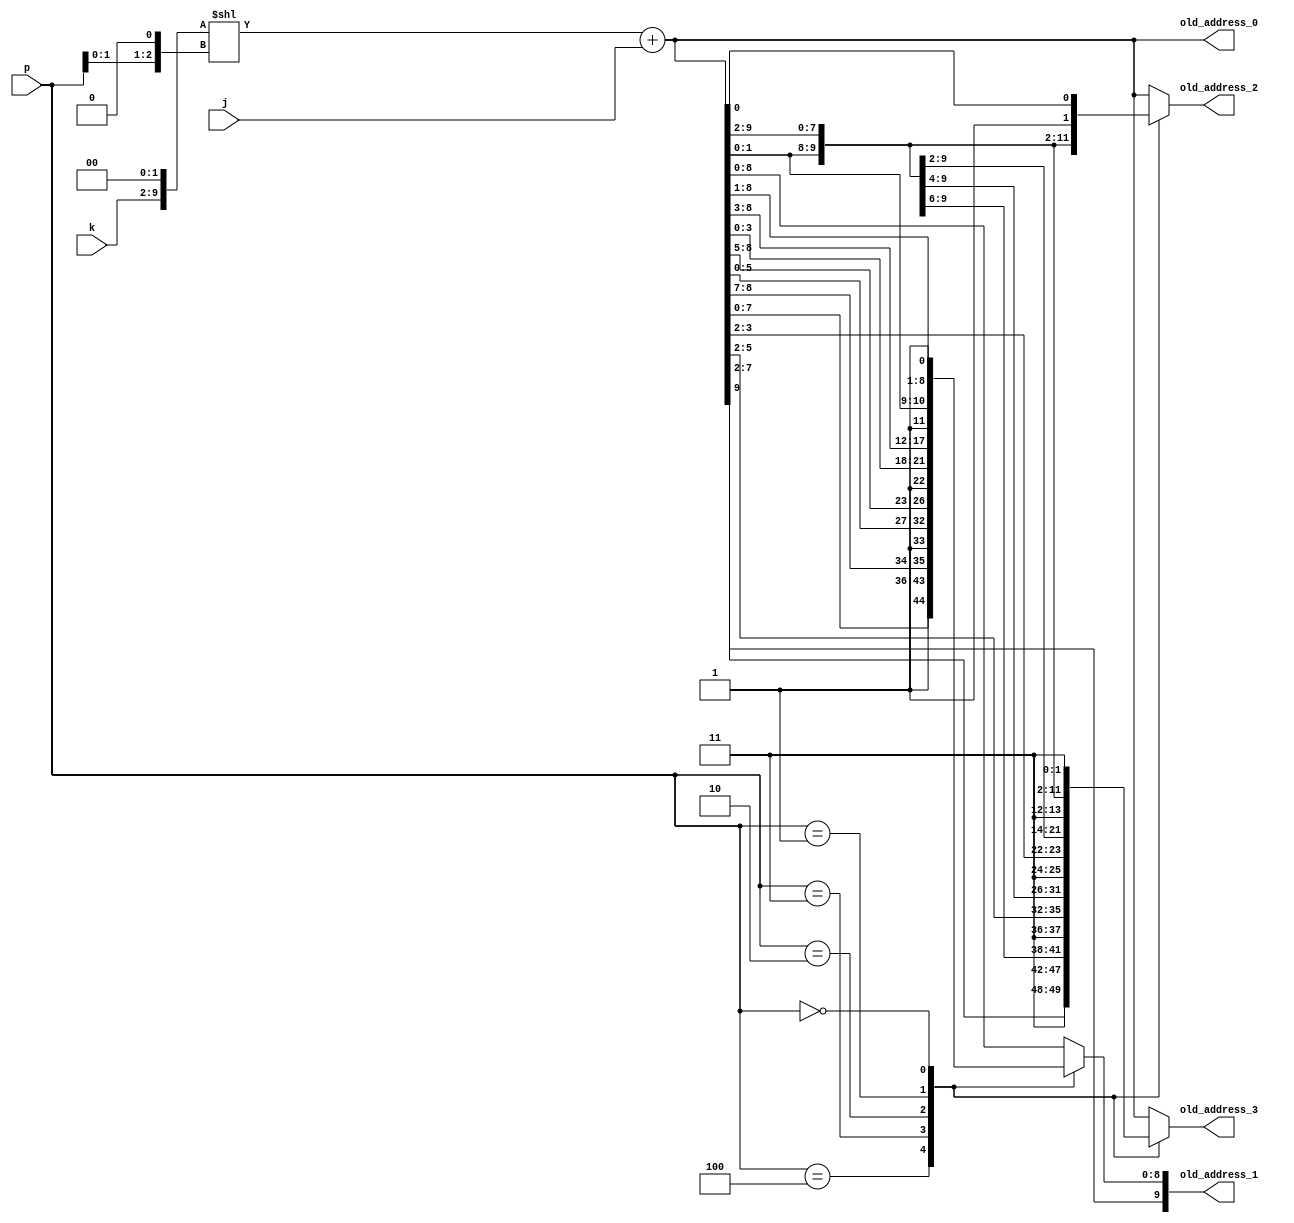
module address_generator(
    input [7:0] k,
    input [7:0] j,
    input [2:0] p,
    output wire [9:0] old_address_0,old_address_1,old_address_2,
    output wire [9:0] old_address_3
    );
    
    reg [9:0] old_address_1_reg;
    reg [9:0] old_address_2_reg,old_address_3_reg;
    
    assign old_address_1 = old_address_1_reg;
    assign old_address_2 = old_address_2_reg;
    assign old_address_3 = old_address_3_reg;
    
    assign old_address_0 = ((k << 2) << (p << 1)) + j;
    
    always@(*)
    begin
      case(p)
      3'b100: old_address_1_reg = {old_address_0[9],1'b1,old_address_0[7:0]};
      3'b011: old_address_1_reg = {old_address_0[9:7],1'b1,old_address_0[5:0]};
      3'b010: old_address_1_reg = {old_address_0[9:5],1'b1,old_address_0[3:0]};
      3'b001: old_address_1_reg = {old_address_0[9:3],1'b1,old_address_0[1:0]};
      3'b000: old_address_1_reg = {old_address_0[9:1],1'b1};
      default: old_address_1_reg = old_address_0;
      endcase
    end
    
    always@(*)
    begin
      case(p)
      3'b100: old_address_2_reg = {1'b1,old_address_0[8:0]};
      3'b011: old_address_2_reg = {old_address_0[9:8],1'b1,old_address_0[6:0]};
      3'b010: old_address_2_reg = {old_address_0[9:6],1'b1,old_address_0[4:0]};
      3'b001: old_address_2_reg = {old_address_0[9:4],1'b1,old_address_0[2:0]};
      3'b000: old_address_2_reg = {old_address_0[9:2],1'b1,old_address_0[0]};
      default: old_address_2_reg = old_address_0;
      endcase
    end
    
    always@(*)
    begin
      case(p)
      3'b100: old_address_3_reg = {2'b11,old_address_0[7:0]};
      3'b011: old_address_3_reg = {old_address_0[9:8],2'b11,old_address_0[5:0]};
      3'b010: old_address_3_reg = {old_address_0[9:6],2'b11,old_address_0[3:0]};
      3'b001: old_address_3_reg = {old_address_0[9:4],2'b11,old_address_0[1:0]};
      3'b000: old_address_3_reg = {old_address_0[9:2],2'b11};
      default: old_address_3_reg = old_address_0;
      endcase
    end
    
    
endmodule